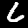
Label: 6